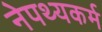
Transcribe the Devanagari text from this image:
नेपथ्यकर्म